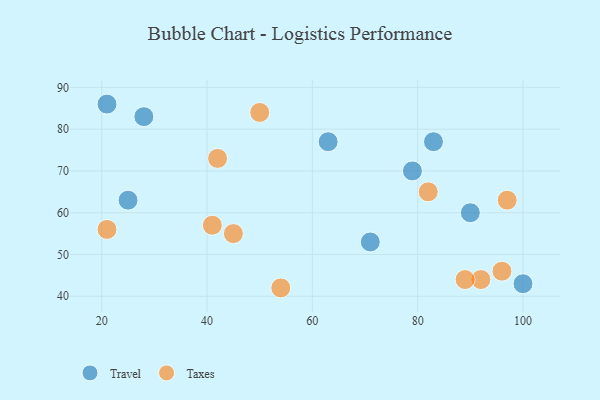
{"axis": {"x": "GDP", "y": "Life Expectancy"}, "legend": ["Taxes", "Travel"], "data": [{"x": "28", "y": 83, "type": "Travel"}, {"x": "79", "y": 70, "type": "Travel"}, {"x": "25", "y": 63, "type": "Travel"}, {"x": "100", "y": 43, "type": "Travel"}, {"x": "71", "y": 53, "type": "Travel"}, {"x": "90", "y": 60, "type": "Travel"}, {"x": "83", "y": 77, "type": "Travel"}, {"x": "21", "y": 86, "type": "Travel"}, {"x": "63", "y": 77, "type": "Travel"}, {"x": "50", "y": 84, "type": "Taxes"}, {"x": "92", "y": 44, "type": "Taxes"}, {"x": "54", "y": 42, "type": "Taxes"}, {"x": "97", "y": 63, "type": "Taxes"}, {"x": "45", "y": 55, "type": "Taxes"}, {"x": "41", "y": 57, "type": "Taxes"}, {"x": "42", "y": 73, "type": "Taxes"}, {"x": "82", "y": 65, "type": "Taxes"}, {"x": "89", "y": 44, "type": "Taxes"}, {"x": "96", "y": 46, "type": "Taxes"}, {"x": "21", "y": 56, "type": "Taxes"}]}